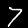
Label: 7